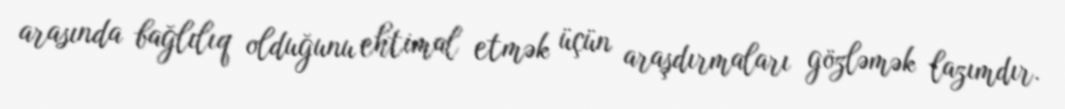
arasında bağlılıq olduğunu ehtimal etmək üçün araşdırmaları gözləmək lazımdır.